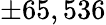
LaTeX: \pm 65,536